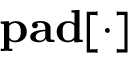
\mathrm { \bf p a d } [ \cdot ]